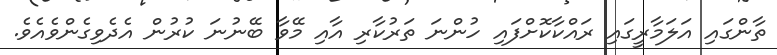
ތާންގައި އަލަމާރީގައި ރައްކާކޮށްފައި ހުންނަ ތަރުކާރި އާއި މޭވާ ބޭނުނަ ކުރުން އެދެވިގެންވެއެވެ.